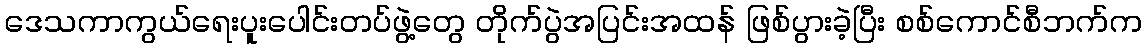
ဒေသကာကွယ်ရေးပူးပေါင်းတပ်ဖွဲ့တွေ တိုက်ပွဲအပြင်းအထန် ဖြစ်ပွားခဲ့ပြီး စစ်ကောင်စီဘက်က